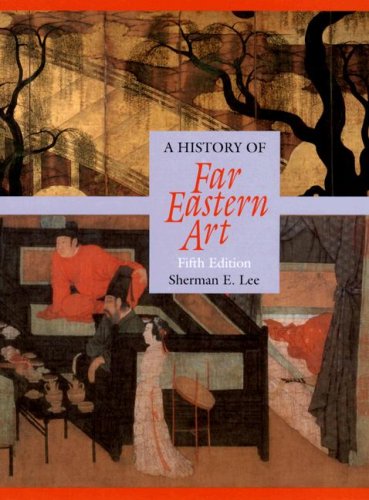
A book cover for History of Far Eastern Art (5th Edition); Sherman Lee; Science & Math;